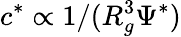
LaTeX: c^{*}\propto 1/(R_{g}^{3}\Psi^{*})